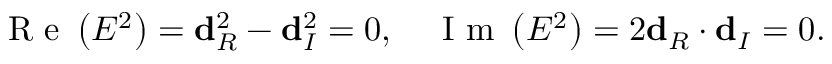
\mathrm { ~ R ~ e ~ } \left( E ^ { 2 } \right) = \mathbf { d } _ { R } ^ { 2 } - \mathbf { d } _ { I } ^ { 2 } = 0 , \quad \mathrm { ~ I ~ m ~ } \left( E ^ { 2 } \right) = 2 \mathbf { d } _ { R } \cdot \mathbf { d } _ { I } = 0 .